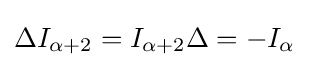
\Delta I_{\alpha +2}=I_{\alpha +2}\Delta =-I_{\alpha }